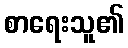
စာရေးသူ၏